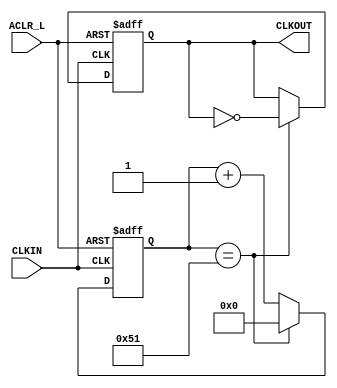
`timescale 1ns / 1ps



module CLKDIVF(CLKIN, ACLR_L, CLKOUT);
input CLKIN, ACLR_L;
output reg CLKOUT;
reg[6:0] cnt; 
wire aclr_i;
assign aclr_i = ~ACLR_L;


always @ (posedge CLKIN, posedge aclr_i)
begin
    if (aclr_i == 1'b1)
        cnt <= 0;
    else if (cnt == 81)
        cnt <= 0;
    else
        cnt <= cnt+1;     
end

always @ (posedge CLKIN, posedge aclr_i)
begin 
    if (aclr_i == 1'b1)
       CLKOUT <= 1'b0;
    else if (cnt == 81)
       CLKOUT <= ~CLKOUT;
    else 
        CLKOUT <= CLKOUT;   
end

endmodule